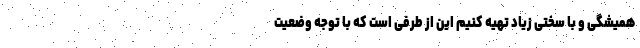
همیشگی و با سختی زیاد تهیه کنیم این از طرفی است که با توجه وضعیت